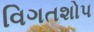
વિગતશોપ